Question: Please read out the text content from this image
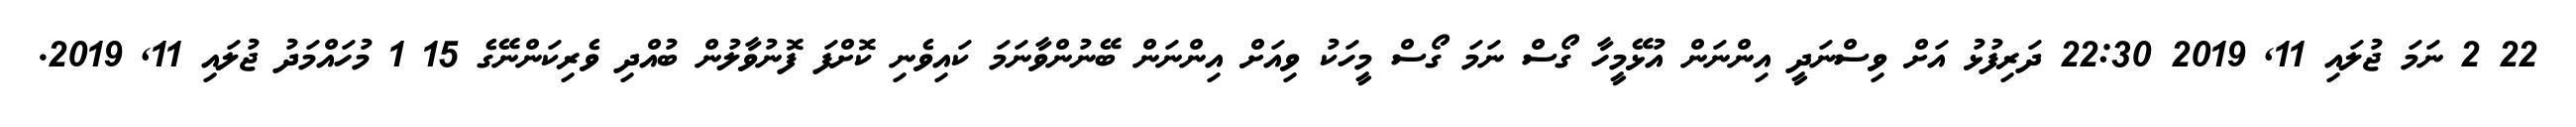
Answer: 22 2 ނަމަ ޖުލައި 11, 2019 22:30 ދަރިފުޅު އަށް ވިސްނަދީ އިންނަން އުޅޭމީހާ ގޯސް ނަމަ ގޯސް މީހަކު ވިއަށް އިންނަން ބޭނުންވާނަމަ ކައިވެނި ކޮށްފަ ފޮނުވާލުން ބުއްދި ވެރިކަންނޭގެ 15 1 މުހައްމަދު ޖުލައި 11, 2019.